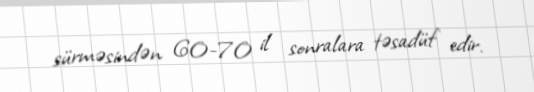
sürməsindən 60-70 il sonralara təsadüf edir.